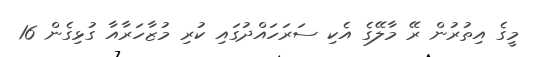
މީގެ އިތުރުން ރޭ މާލޭގެ އެކި ސަރަހައްދުގައި ކުރި މުޒާހަރާއާ ގުޅިގެން 16